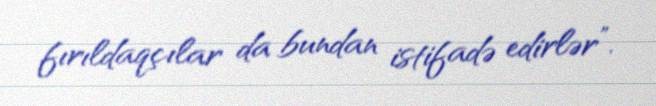
fırıldaqçılar da bundan istifadə edirlər”.